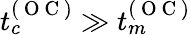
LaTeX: t_{c}^{(\mathrm{~O~C~})}\gg t_{m}^{(\mathrm{~O~C~})}